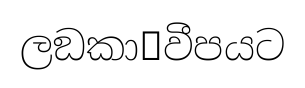
ලඞකා෾වීපයට